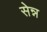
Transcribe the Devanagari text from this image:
सेन्न